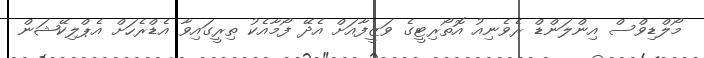
މޯލްޑިވްސް އިންލަންޑް ރެވެނިއު އޮތޯރިޓީގެ ވަޒީފާއަށް އެދޭ ފޯމާއެކު ތިރީގައިވާ އެޑްރެހަށް އެޕްލިކޭޝަން